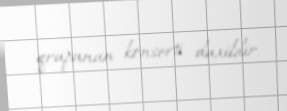
qrupunun konserti daxildir.